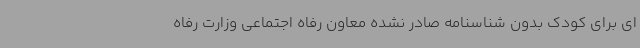
ای برای کودک بدون شناسنامه صادر نشده معاون رفاه اجتماعی وزارت رفاه